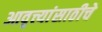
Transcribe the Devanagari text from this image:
आवृत्त्यांसाठीचे